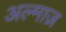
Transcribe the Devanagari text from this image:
अल्माज़